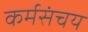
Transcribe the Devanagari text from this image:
कर्मसंचय